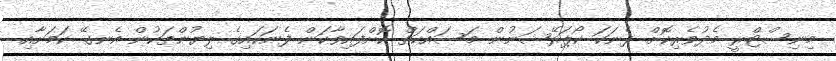
މިނިސްޓްރީ މެދުވެރިކޮށް ފެނަކަ ކޯޕަރޭޝަނުން މަސައްކަތް ކޮށްފައިވާކަން ފެނަކައިގެ ލިޔުންތަކުން އެނގޭ ކަމަށާއި